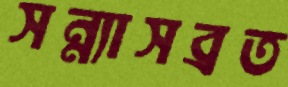
সন্ন্যাসব্রত